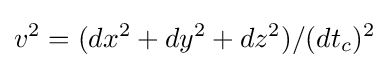
v^{2}=(dx^{2}+dy^{2}+dz^{2})/(dt_{c})^{2}